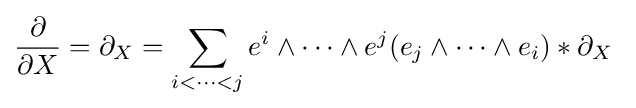
{\frac {\partial }{\partial X}}=\partial _{X}=\sum _{i<\dots <j}e^{i}\wedge \cdots \wedge e^{j}(e_{j}\wedge \cdots \wedge e_{i})*\partial _{X}\